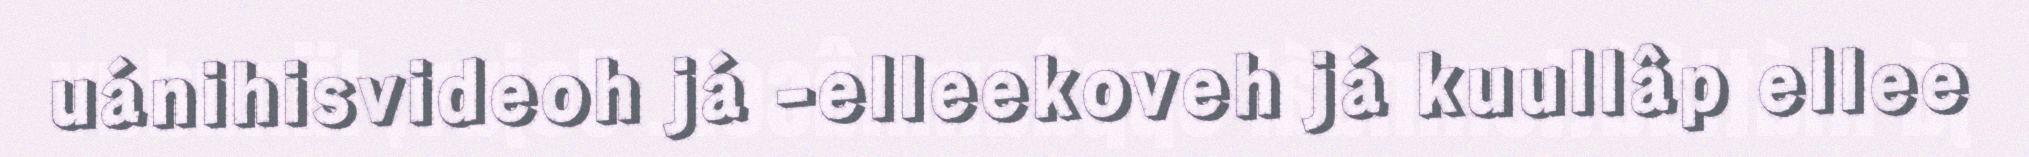
uánihisvideoh já -elleekoveh já kuullâp ellee